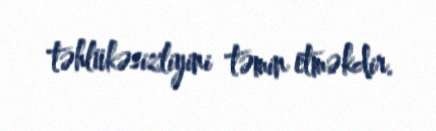
təhlükəsizliyini təmin etməkdir.